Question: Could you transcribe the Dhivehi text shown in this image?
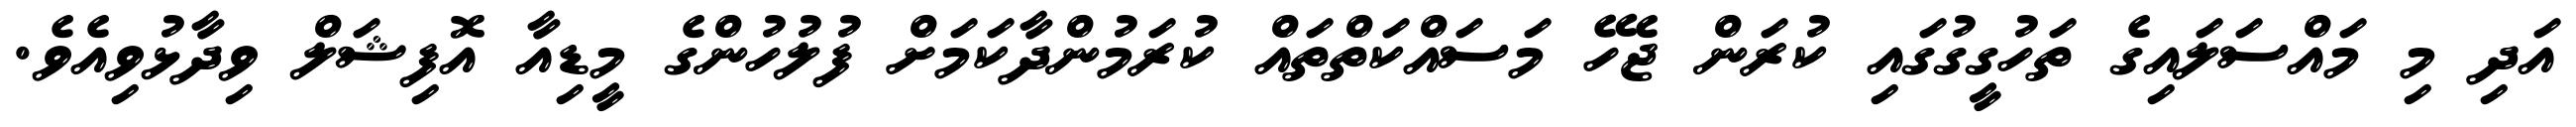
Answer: އަދި މި މައްސަލައިގެ ތަހުގީގުގައި ކުރަން ޖެހޭ މަސައްކަތްތައް ކުރަމުންދާކަމަށް ފުލުހުންގެ މީޑިއާ އޮފިޝަލް ވިދާޅުވިއެވެ.